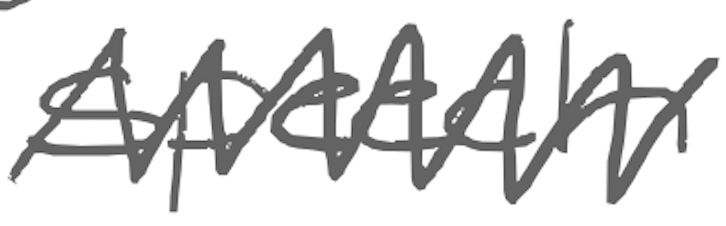
Text: speech
Cross-out: zig-zag
Writing tool: digital_gray